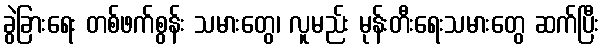
ခွဲခြားရေး တစ်ဖက်စွန်း သမားတွေ၊ လူမည်း မုန်းတီးရေးသမားတွေ ဆက်ပြီး